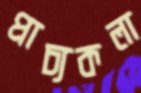
প্রাচ্যকলা